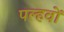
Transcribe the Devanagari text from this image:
पल्हवों